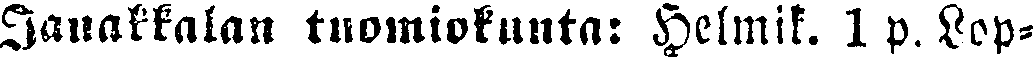
janakkalan tuomiokunta: Helmik. 1 p. Lop-